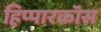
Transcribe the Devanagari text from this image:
हिप्पारकॉस